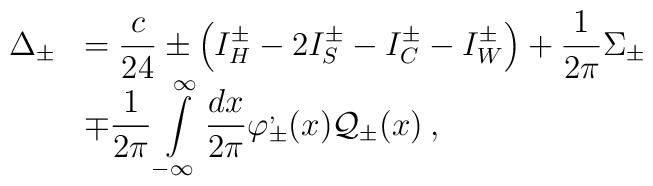
\begin{array}{rl}\displaystyle \Delta _{\pm } & =\displaystyle\frac{c}{24}\pm \left( I^{\pm }_{H}-2I^{\pm }_{S}-I^{\pm }_{C}-I^{\pm }_{W}\right) +\displaystyle\frac{1}{2\pi }\Sigma _{\pm }\\ & \mp \displaystyle\frac{1}{2\pi }\displaystyle\int\limits ^{\infty }_{-\infty }\displaystyle\frac{dx}{2\pi }\varphi ^{,}_{\pm }(x){\cal Q}_{\pm }(x)\: ,\end{array}